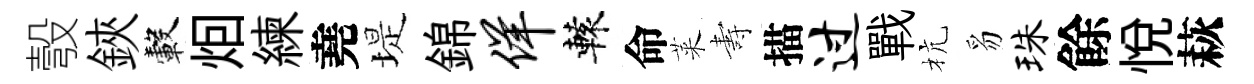
彀鋏轂𤇆練堯堤錦佯轅命萊夀描过戰杭豸珠餘悦萩